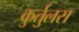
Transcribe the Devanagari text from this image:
कुर्तुलस